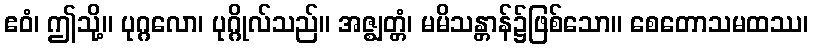
ဧဝံ၊ ဤသို့။ ပုဂ္ဂလော၊ ပုဂ္ဂိုလ်သည်။ အဇ္ဈတ္တံ၊ မမိသန္တာန်၌ဖြစ်သော။ စေတောသမထဿ၊